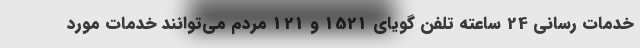
خدمات رسانی 24 ساعته تلفن گویای 1521 و 121 مردم می‌توانند خدمات مورد